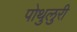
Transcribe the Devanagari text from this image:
पोथुलुरी